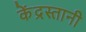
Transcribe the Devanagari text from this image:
केंद्रस्तानी